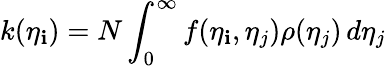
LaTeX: k(\eta_{\mathbf{i}})=N\int_{0}^{\infty}f(\eta_{\mathbf{i}},\eta_{j})\rho(\eta_{j})\, d\eta_{j}